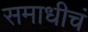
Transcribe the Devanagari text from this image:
समाधीचं